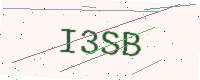
Text: I3SB